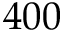
4 0 0